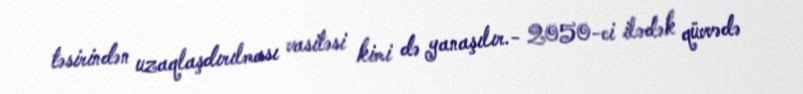
təsirindən uzaqlaşdırılması vasitəsi kimi də yanaşılır.- 2050-ci ilədək qüvvədə